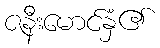
ဇနီးမောင်နှံ၏